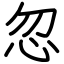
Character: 忽